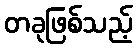
တခုဖြစ်သည့်